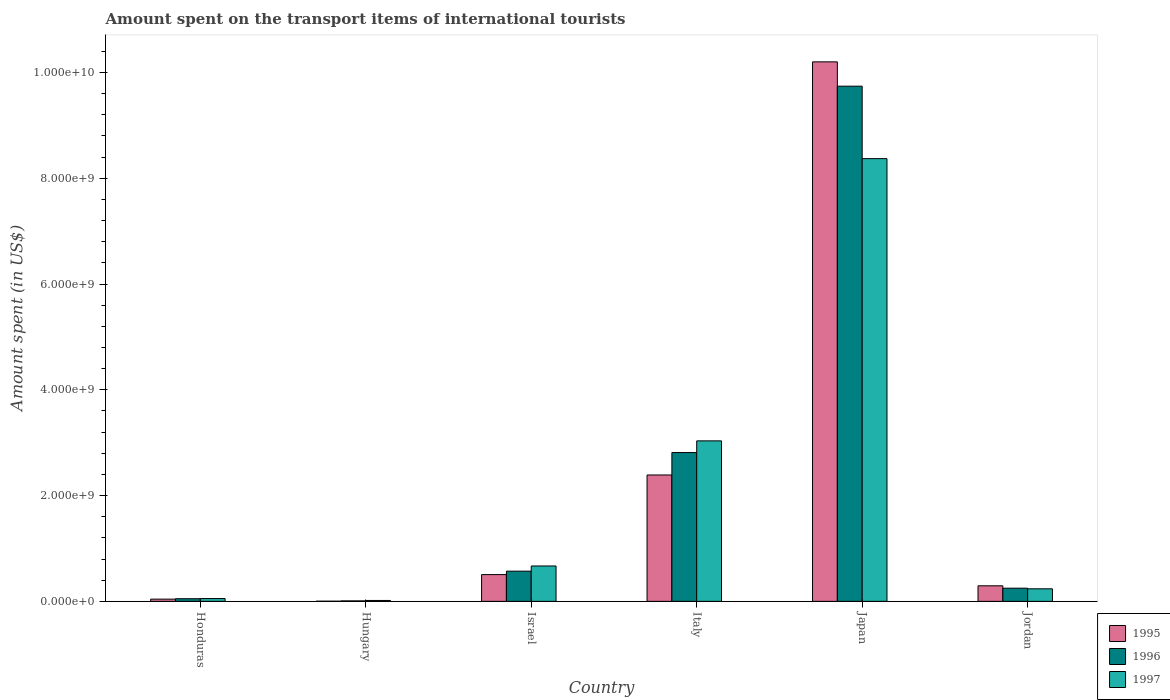
| Country | 1995 | 1996 | 1997 |
 | --- | --- | --- | --- |
 | Honduras | 4.2e+07 | 5e+07 | 5.3e+07 |
 | Hungary | 3e+06 | 9e+06 | 1.7e+07 |
 | Israel | 5.06e+08 | 5.71e+08 | 6.69e+08 |
 | Italy | 2.39e+09 | 2.81e+09 | 3.04e+09 |
 | Japan | 1.02e+10 | 9.74e+09 | 8.37e+09 |
 | Jordan | 2.94e+08 | 2.49e+08 | 2.37e+08 |